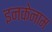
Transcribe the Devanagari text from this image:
इनकेनाम